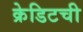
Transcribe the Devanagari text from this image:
क्रेडिटची